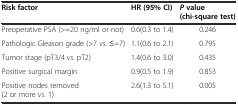
<table><thead><tr><td><b>Risk factor</b></td><td><b>HR (95% CI)</b></td><td><b><i>P</i>value (chi-square test)</b></td></tr></thead><tbody><tr><td>Preoperative PSA (&gt;=20 ng/ml or not)</td><td>0.6(0.3 to 1.4)</td><td>0.246</td></tr><tr><td>Pathologic Gleason grade (&gt;7 <i>vs</i>. ≤=7)</td><td>1.1(0.6 to 2.1)</td><td>0.795</td></tr><tr><td>Tumor stage (pT3/4 <i>vs</i>. pT2)</td><td>1.4(0.6 to 3.0)</td><td>0.435</td></tr><tr><td>Positive surgical margin</td><td>0.9(0.5 to 1.9)</td><td>0.853</td></tr><tr><td>Positive nodes removed (2 or more <i>vs</i>. 1)</td><td>2.6(1.3 to 5.1)</td><td>0.005</td></tr></tbody></table>